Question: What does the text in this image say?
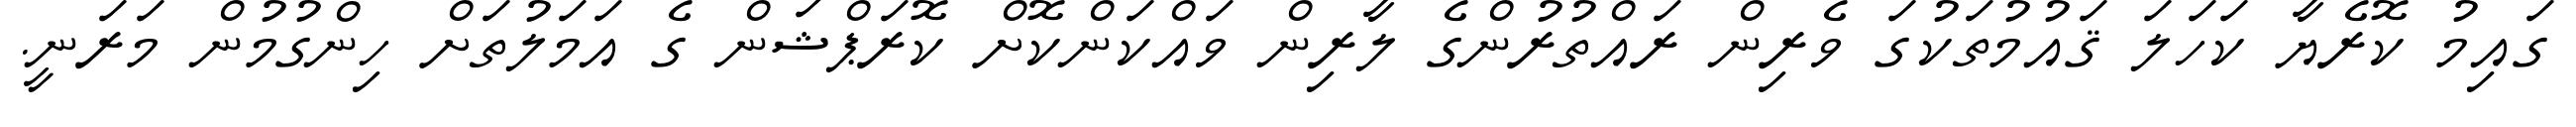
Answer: ގައިމު ކޮރެޔާ ކަހަލަ ޤައުމުތަކުގަ ވެރިން ރައްތުރުންގެ ލާރިން ވައްކަންކޮށް ކޮރަޕްޝަން ގެ އަމަލުތަށް ހިންގުމުން މަރަނީ.